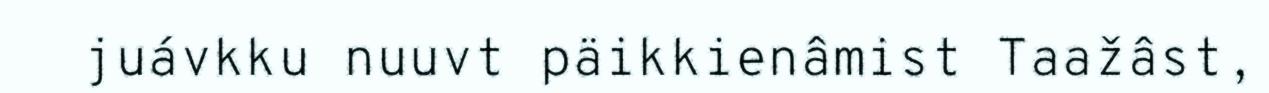
juávkku nuuvt päikkienâmist Taažâst,